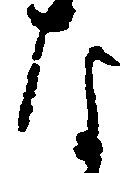
な